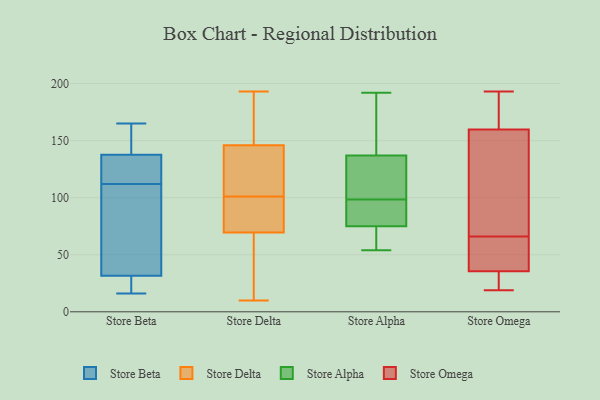
{"axis": {"x": "Energy Usage (MWh)", "y": "Value"}, "legend": ["Store Alpha", "Store Beta", "Store Delta", "Store Omega"], "data": [{"x": "", "y": 45, "type": "Store Beta"}, {"x": "", "y": 27, "type": "Store Beta"}, {"x": "", "y": 86, "type": "Store Beta"}, {"x": "", "y": 165, "type": "Store Beta"}, {"x": "", "y": 20, "type": "Store Beta"}, {"x": "", "y": 146, "type": "Store Beta"}, {"x": "", "y": 113, "type": "Store Beta"}, {"x": "", "y": 112, "type": "Store Beta"}, {"x": "", "y": 165, "type": "Store Beta"}, {"x": "", "y": 16, "type": "Store Beta"}, {"x": "", "y": 113, "type": "Store Beta"}, {"x": "", "y": 101, "type": "Store Delta"}, {"x": "", "y": 160, "type": "Store Delta"}, {"x": "", "y": 69, "type": "Store Delta"}, {"x": "", "y": 118, "type": "Store Delta"}, {"x": "", "y": 90, "type": "Store Delta"}, {"x": "", "y": 192, "type": "Store Delta"}, {"x": "", "y": 137, "type": "Store Delta"}, {"x": "", "y": 193, "type": "Store Delta"}, {"x": "", "y": 71, "type": "Store Delta"}, {"x": "", "y": 72, "type": "Store Delta"}, {"x": "", "y": 149, "type": "Store Delta"}, {"x": "", "y": 106, "type": "Store Delta"}, {"x": "", "y": 25, "type": "Store Delta"}, {"x": "", "y": 10, "type": "Store Delta"}, {"x": "", "y": 119, "type": "Store Delta"}, {"x": "", "y": 29, "type": "Store Delta"}, {"x": "", "y": 25, "type": "Store Delta"}, {"x": "", "y": 81, "type": "Store Delta"}, {"x": "", "y": 181, "type": "Store Delta"}, {"x": "", "y": 180, "type": "Store Alpha"}, {"x": "", "y": 54, "type": "Store Alpha"}, {"x": "", "y": 118, "type": "Store Alpha"}, {"x": "", "y": 192, "type": "Store Alpha"}, {"x": "", "y": 102, "type": "Store Alpha"}, {"x": "", "y": 75, "type": "Store Alpha"}, {"x": "", "y": 151, "type": "Store Alpha"}, {"x": "", "y": 137, "type": "Store Alpha"}, {"x": "", "y": 115, "type": "Store Alpha"}, {"x": "", "y": 94, "type": "Store Alpha"}, {"x": "", "y": 163, "type": "Store Alpha"}, {"x": "", "y": 82, "type": "Store Alpha"}, {"x": "", "y": 60, "type": "Store Alpha"}, {"x": "", "y": 70, "type": "Store Alpha"}, {"x": "", "y": 67, "type": "Store Alpha"}, {"x": "", "y": 123, "type": "Store Alpha"}, {"x": "", "y": 95, "type": "Store Alpha"}, {"x": "", "y": 92, "type": "Store Alpha"}, {"x": "", "y": 34, "type": "Store Omega"}, {"x": "", "y": 121, "type": "Store Omega"}, {"x": "", "y": 66, "type": "Store Omega"}, {"x": "", "y": 118, "type": "Store Omega"}, {"x": "", "y": 40, "type": "Store Omega"}, {"x": "", "y": 123, "type": "Store Omega"}, {"x": "", "y": 51, "type": "Store Omega"}, {"x": "", "y": 56, "type": "Store Omega"}, {"x": "", "y": 19, "type": "Store Omega"}, {"x": "", "y": 26, "type": "Store Omega"}, {"x": "", "y": 193, "type": "Store Omega"}, {"x": "", "y": 176, "type": "Store Omega"}, {"x": "", "y": 174, "type": "Store Omega"}, {"x": "", "y": 172, "type": "Store Omega"}, {"x": "", "y": 31, "type": "Store Omega"}]}